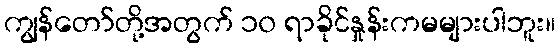
ကျွန်တော်တို့အတွက် ၁၀ ရာခိုင်နှုန်းကမများပါဘူး။